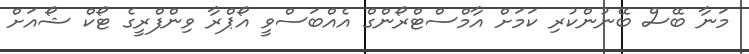
މަނާ ބޭސް ބޭނުންކުރި ކަމަށް އާމްސްޓްރޯންގް އެއްބަސްވީ އޯޕްރާ ވިންފްރީގެ ޓޯކް ޝޯއަށް